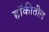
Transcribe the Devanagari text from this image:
हॉकीतील